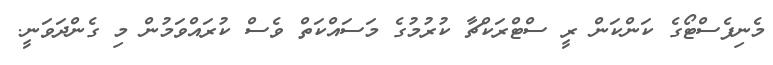
މެނިފެސްޓޯގެ ކަންކަން ރީ ސްޓްރަކްޗާ ކުރުމުގެ މަސައްކަތް ވެސް ކުރައްވަމުން މި ގެންދަވަނީ.